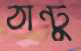
ঠান্টু